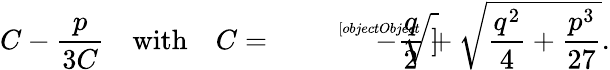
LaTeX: C-{\frac{p}{3C}}\quad{\mathrm{with}}\quad C={\sqrt[[objectObject]]{-{\frac{q}{2}}+{\sqrt{{\frac{q^{2}}{4}}+{\frac{p^{3}}{27}}}}}}.